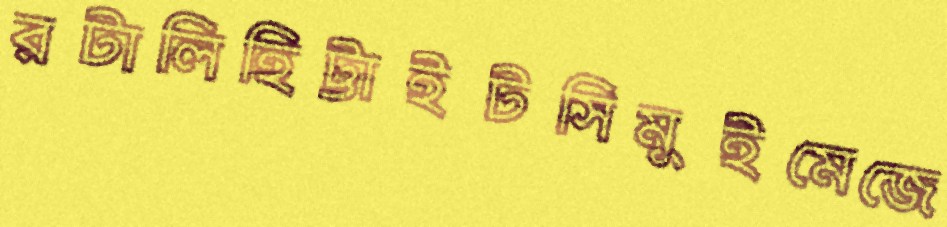
রটালিহিট্টাইটসিমুইমেজে